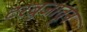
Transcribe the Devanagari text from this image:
टरबुजातून